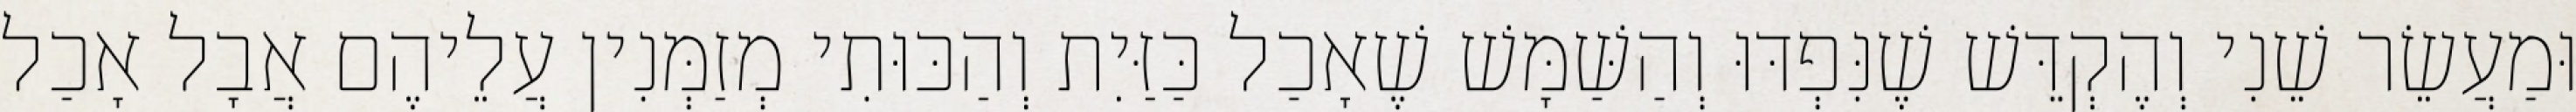
וּמַעֲשֵׂר שֵׁנִי וְהֶקְדֵּשׁ שֶׁנִּפְדּוּ וְהַשַּׁמָּשׁ שֶׁאָכַל כַּזַּיִת וְהַכּוּתִי מְזַמְּנִין עֲלֵיהֶם אֲבָל אָכַל